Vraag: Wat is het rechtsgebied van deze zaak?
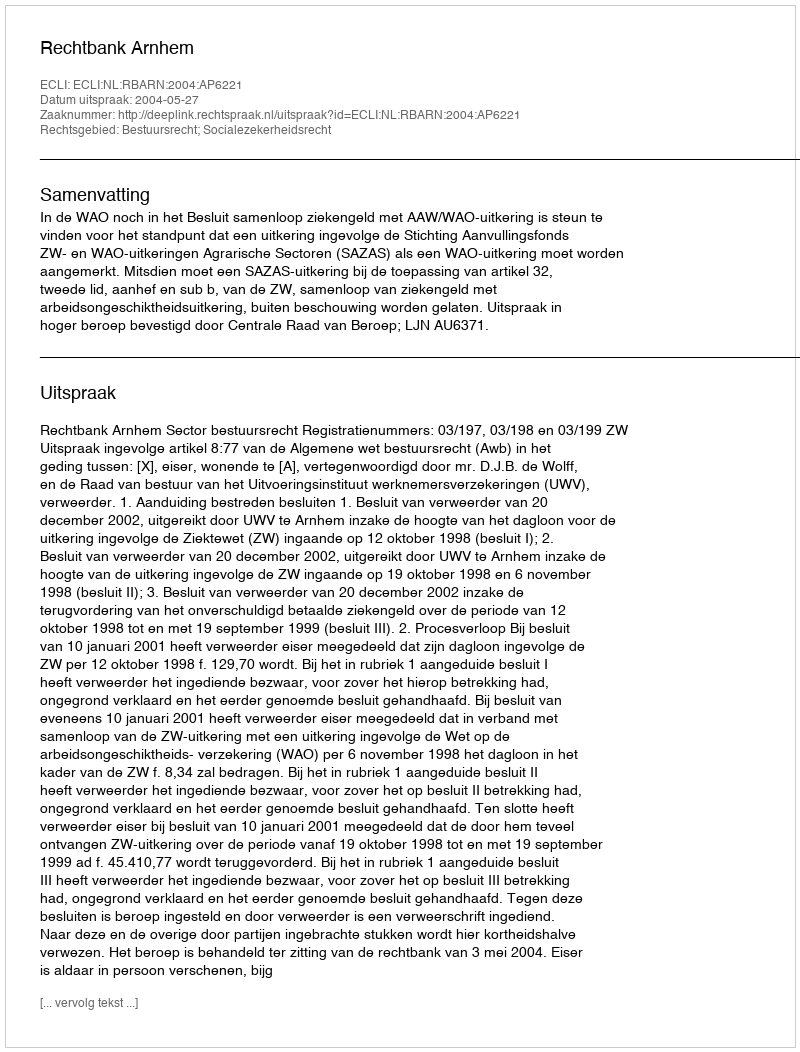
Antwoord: Bestuursrecht; Socialezekerheidsrecht